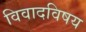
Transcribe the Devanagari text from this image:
विवादविषय